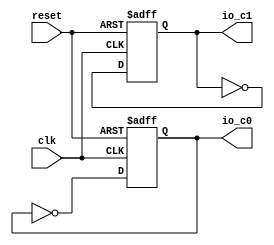
// Generator : SpinalHDL v1.7.2    git head : 08fc866bebdc40c471ebe327bface63e34406489
// Component : Clock_6
// Git hash  : 23d564a3e9d4d768c2cb1641ec7dc2becc0d2602

`timescale 1ns/1ps

module Clock_6 (
  output reg          io_c0,
  output reg          io_c1,
  input               clk,
  input               reset
);


  always @(posedge clk or posedge reset) begin
    if(reset) begin
      io_c0 <= 1'b0;
      io_c1 <= 1'b0;
    end else begin
      io_c0 <= (! io_c0);
      io_c1 <= (! io_c1);
    end
  end


endmodule